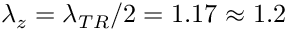
\lambda _ { z } = \lambda _ { T R } / 2 = 1 . 1 7 \approx 1 . 2